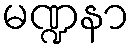
မဏ္ဍနာ